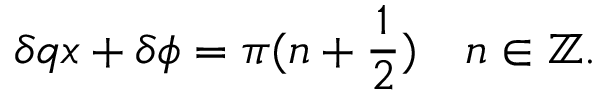
\delta q x + \delta \phi = \pi ( n + \frac { 1 } { 2 } ) \quad n \in \mathbb { Z } .